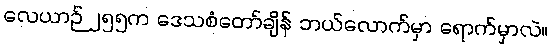
လေယာဉ် ၂၅၅က ဒေသစံတော်ချိန် ဘယ်လောက်မှာ ရောက်မှာလဲ။